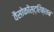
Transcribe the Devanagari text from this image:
वैसोकोंस्ट्रिक्शन